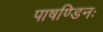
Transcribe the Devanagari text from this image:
पाषण्डिनः